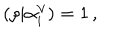
( \rho | \alpha _ { i } ^ { \vee } ) = 1 \, ,